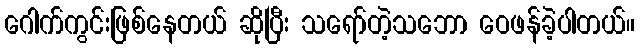
ဂေါက်ကွင်းဖြစ်နေတယ် ဆိုပြီး သရော်တဲ့သဘော ဝေဖန်ခဲ့ပါတယ်။